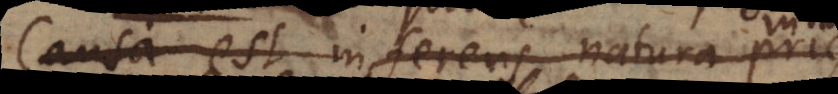
a est inferens natura prius